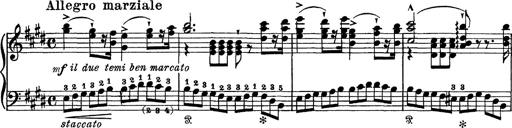
Title: Tarantelle di bravura dâ€™aprÃ¨s la tarantelle de La muette de Portici
Composer: Franz Liszt